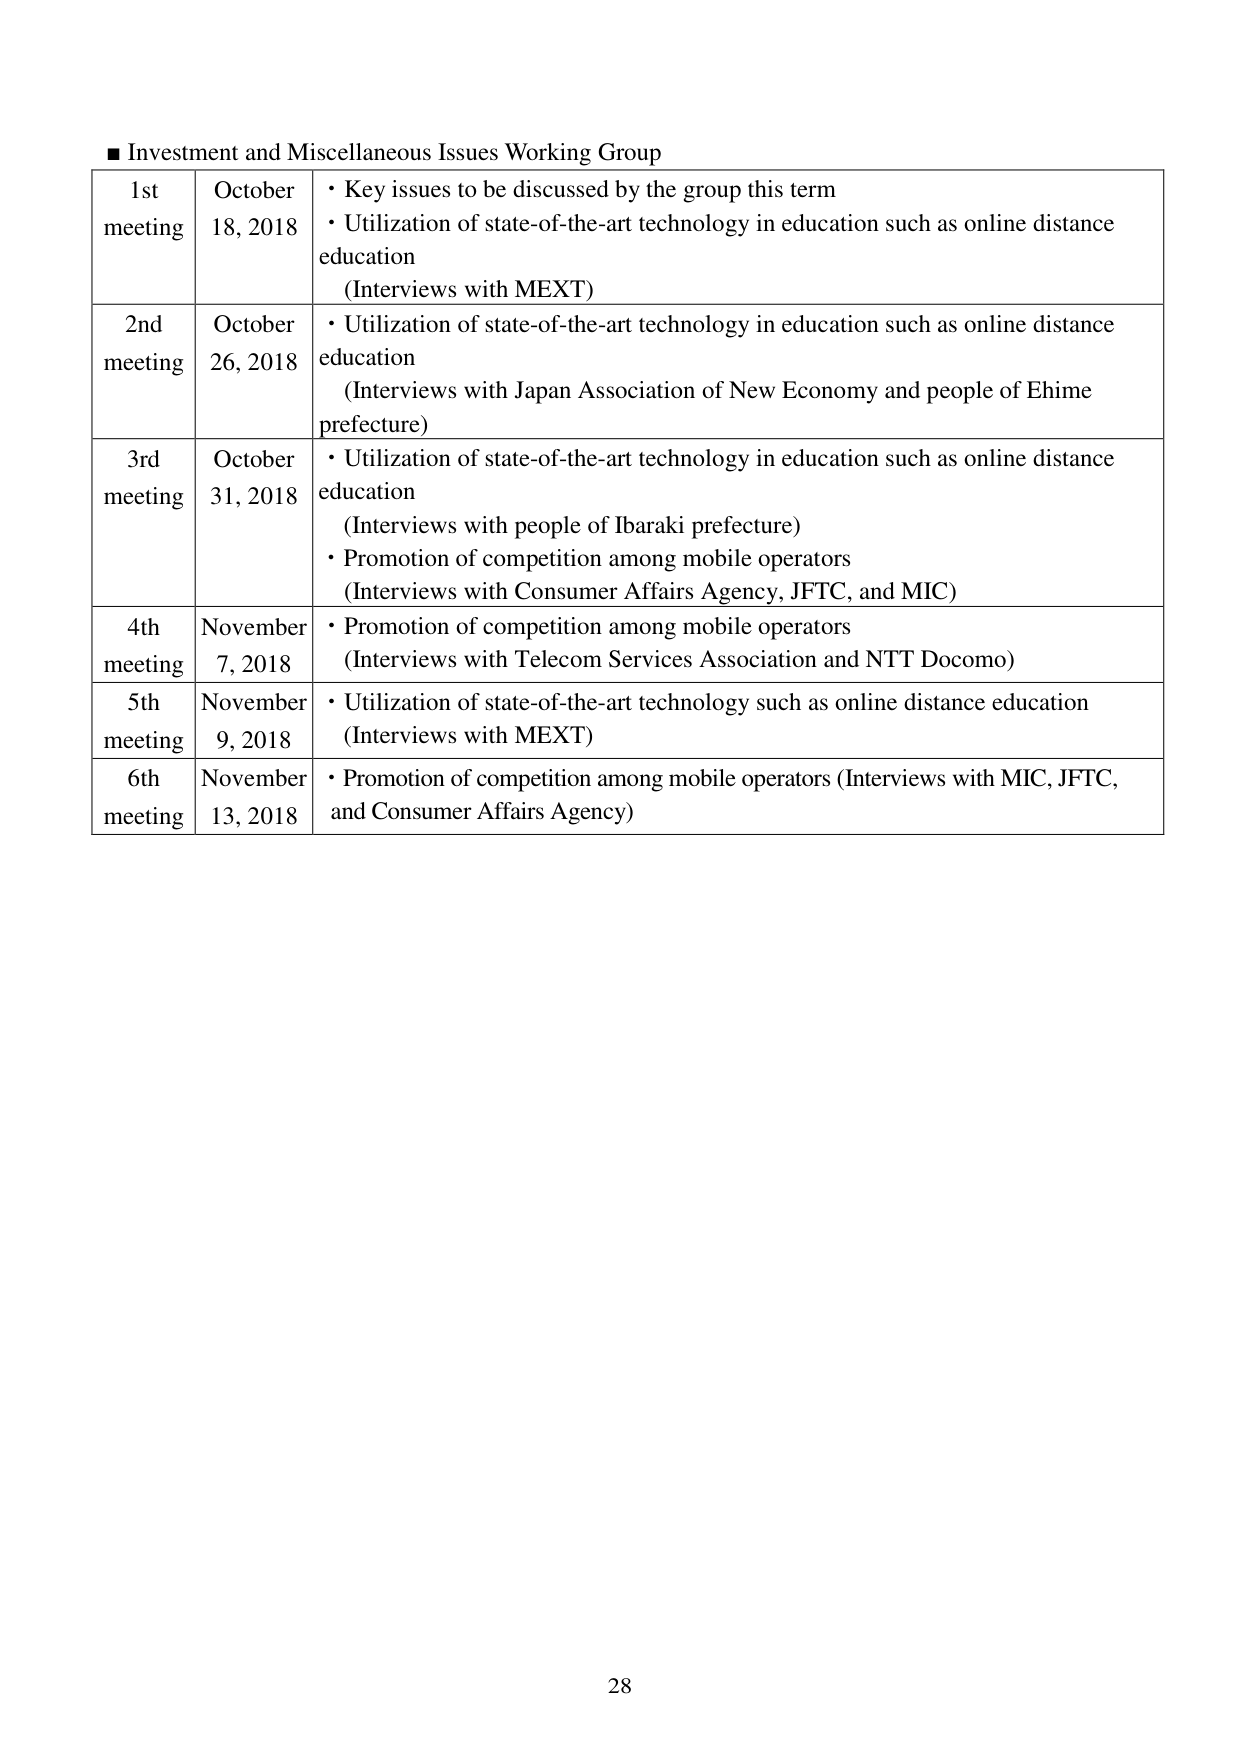
■ Investment and Miscellaneous Issues Working Group

1st meeting    October 18, 2018    • Key issues to be discussed by the group this term
• Utilization of state-of-the-art technology in education such as online distance education
(Interviews with MEXT)

2nd meeting    October 26, 2018    • Utilization of state-of-the-art technology in education such as online distance education
(Interviews with Japan Association of New Economy and people of Ehime prefecture)

3rd meeting    October 31, 2018    • Utilization of state-of-the-art technology in education such as online distance education
(Interviews with people of Ibaraki prefecture)
• Promotion of competition among mobile operators
(Interviews with Consumer Affairs Agency, JFTC, and MIC)

4th meeting    November 7, 2018    • Promotion of competition among mobile operators
(Interviews with Telecom Services Association and NTT Docomo)

5th meeting    November 9, 2018    • Utilization of state-of-the-art technology such as online distance education
(Interviews with MEXT)

6th meeting    November 13, 2018    • Promotion of competition among mobile operators (Interviews with MIC, JFTC, and Consumer Affairs Agency)

28